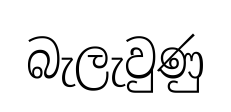
බැලැවුණු